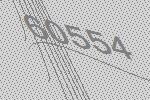
60554